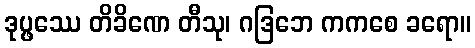
ဒုပ္ဖဿေ တိခိဏေ တီသု၊ ဂဒြဘေ ကကစေ ခရော။